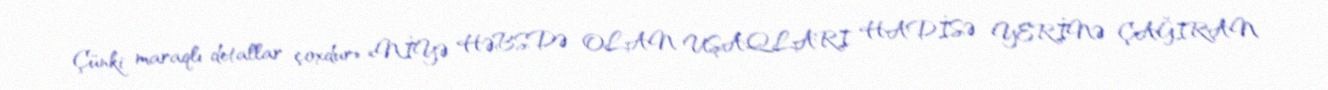
Çünki maraqlı detallar çoxdur».«NİYƏ HƏBSDƏ OLAN UŞAQLARI HADİSƏ YERİNƏ ÇAĞIRAN